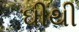
ઘીથી